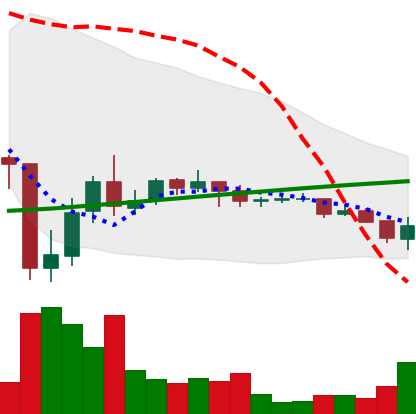
Ticker: DOGE-USD
Chart end date: 2021-07-09
Forward return: -10.252%
Label: down_7plus